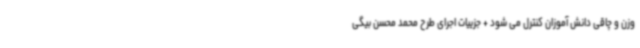
وزن و چاقی دانش آموزان کنترل می شود + جزییات اجرای طرح محمد محسن بیگی